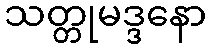
သတ္တုမဒ္ဒနော